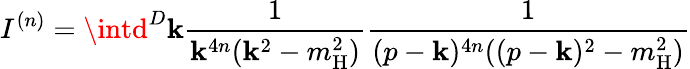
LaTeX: I^{(n)}=\intd^{D}\mathbf{k}\frac{{1}}{{\mathbf{k}^{4n}(\mathbf{k}^{2}-m_{\mathrm{{H}}}^{2})}}\frac{{1}}{{(p-\mathbf{k})^{4n}((p-\mathbf{k})^{2}-m_{\mathrm{{H}}}^{2})}}